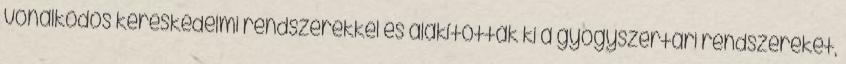
vonalkódos kereskedelmi rendszerekkel és alakították ki a gyógyszertári rendszereket,